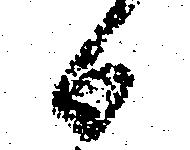
日